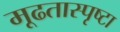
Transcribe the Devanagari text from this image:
मूढतास्पृष्टा